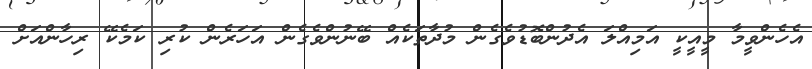
އެހެންވީމާ މީއީކީ އަމިއްލަ އެދުންބޮޑުވެގެން މުދާތަކެއް ބޭނުންވެގެން އަހަރެން ކުރި ކަމެކޭ ރިހާންއަށް